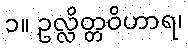
၁။ ဥလ္လိတ္တဝိဟာရ၊